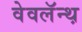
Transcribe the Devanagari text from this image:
वेवलॅन्थ़